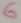
Text: 6